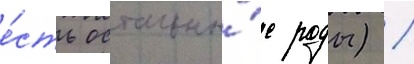
е́сть остальны́е роды) /